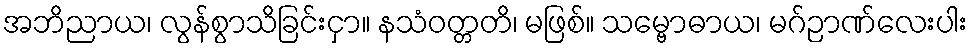
အဘိညာယ၊ လွန်စွာသိခြင်းငှာ။ နသံဝတ္တတိ၊ မဖြစ်။ သမ္ဗောဓာယ၊ မဂ်ဉာဏ်လေးပါး